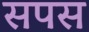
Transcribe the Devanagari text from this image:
सपस